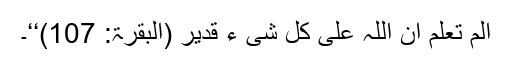
اَلَمْ تَعْلَمْ اَنَّ اللّٰہَ عَلٰی کُلِّ شَیْ ءٍ قَدِیْرٌ (البقرۃ: 107)‘‘۔